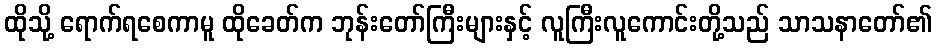
ထိုသို့ ရောက်ရစေကာမူ ထိုခေတ်က ဘုန်းတော်ကြီးများနှင့် လူကြီးလူကောင်းတို့သည် သာသနာတော်၏